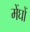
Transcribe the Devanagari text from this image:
मेंघों